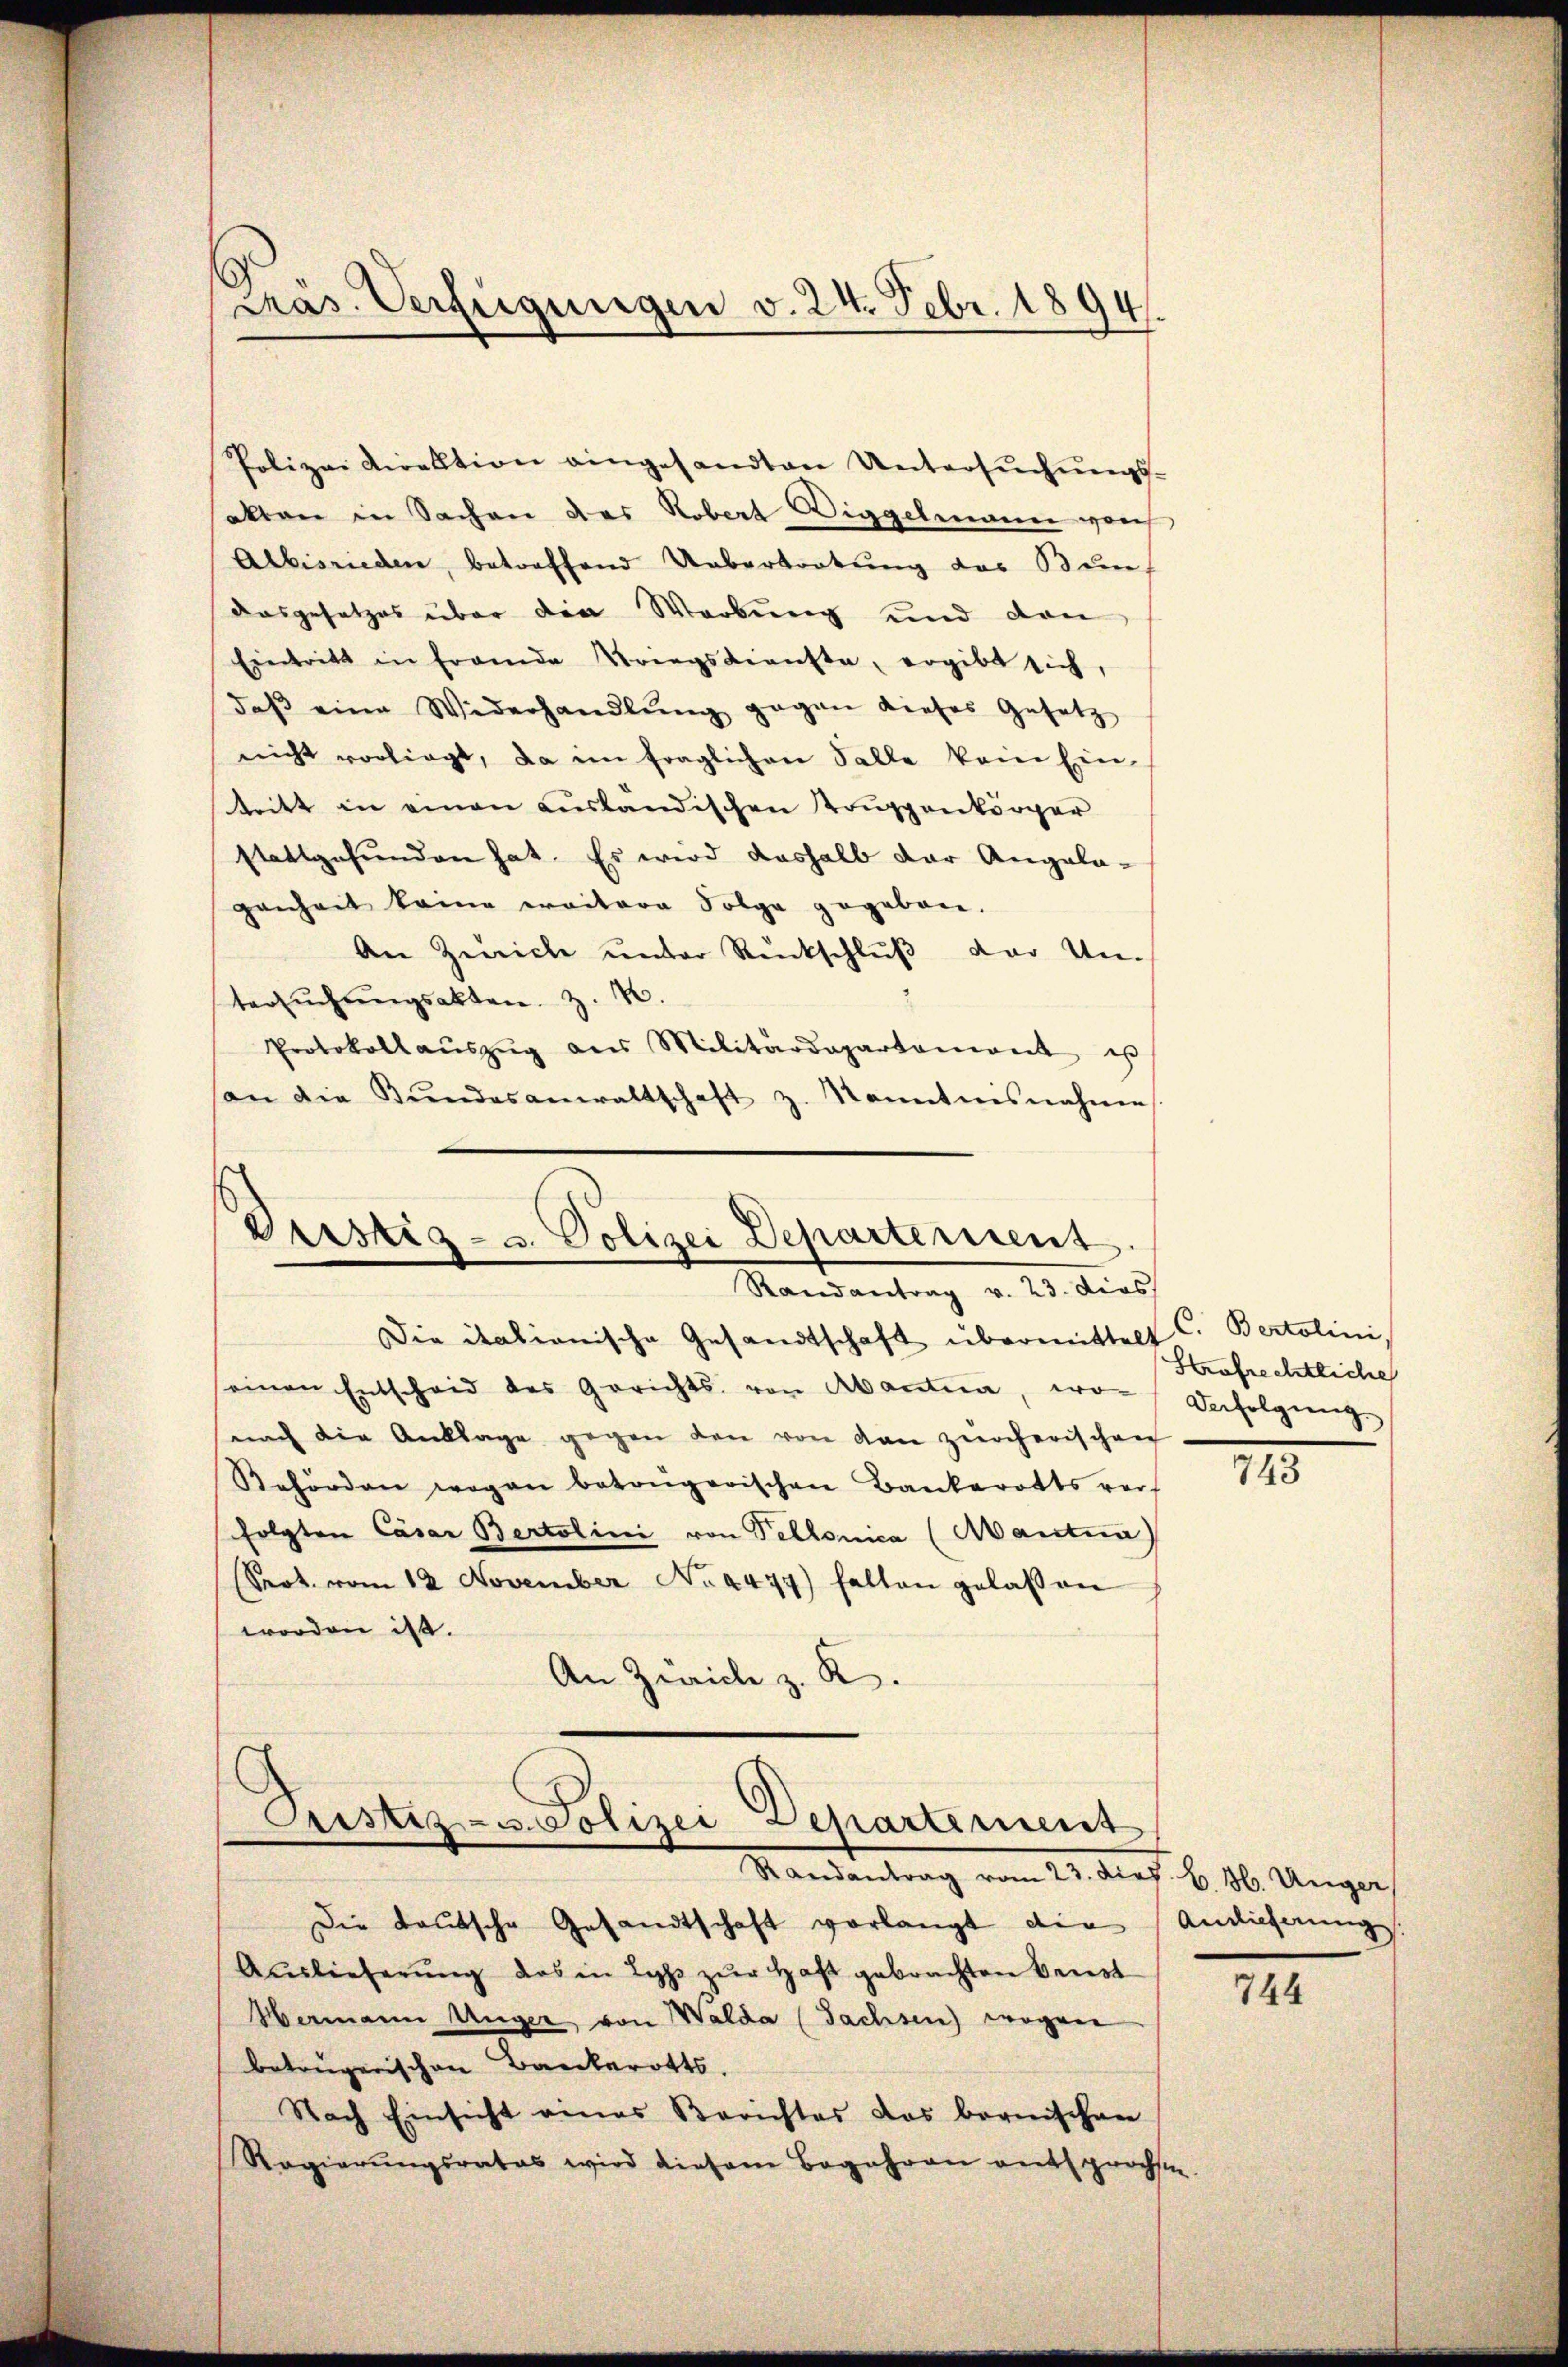
Polizeidirektion eingesandten Untersŭchŭngs-
akten in Sachen das Robert Diggelmann vons
Albisrieden, betreffend Uebertretung das Bunf
dasgesetzes über die Werbung und den
Eintritt in Frande Kriegsdienste, ergibt sich,
daβ eine Widerhandlŭng gegen dieses Gesetz
nicht vorliegt, da im fraglichen Falle kein Ein-
tritt in einen ausländischen Truppenkörper
stattgefunden hat. Es wird deshalb der Angela-
genheit keine weitere Folge gegeben.
An Zürich unter Rückschluß der Un-
tersŭchŭngsakten. Z. 20.
Protokoll aŭszŭg ans Militärdepartoniant u
son die Bŭndesanwaltschaft z. Kanntnisnahme

Präs. Verfügungen v. 24. Febr. 1894.

Vristig- u. Polizei Departement
Randantrag v. 23. dies

Die italionische Gesandtschaft übermittelt C. Bertolini,
seinen Entscheid des Gerichts von Abantia, wo
nach die Anklage gegen den von den zürcherischen
Behörden wegen betongarischen Bankerotts verf
folgten Cäsar Bertolini von Tellonica (Mantna)
Sept. vom 12 November No. 4477) halten gelassen
worden ist.
An Zürich z. R.

Aristiz- u. Polizei Departement
Standentrag vom 23. Art. b. 2. Ungar

Die tautsche Gesandtschaft vorlangt die Andieferung
Auslieferŭng das in Lyp zŭr Haft gebrachten Brust
Hermann Unger, von Walda (Sachsen) wegen
betrügerischen Bankerotts.
Nach Einsicht eines Berichtes das bernischen
Regierŭngsrates wird diesem Begehren entsprächste.

Strafrechtliche
Verfolgung.

743

744